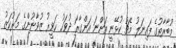
މުބާރާތުގެ ފައިނަލު މެޗު ކުޅޭނީ އަންނަ އަންގާރަ ދުވަހު ހަވީރު ޒުވާނުންގެ މަރުކަޒު